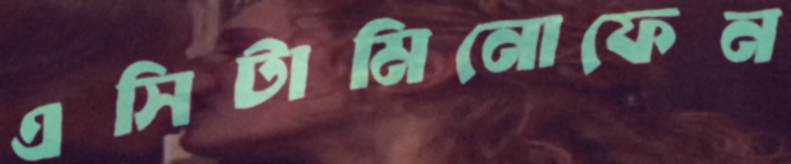
এসিটামিনোফেন